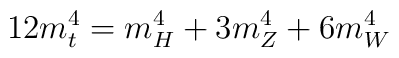
12 m_{t}^{4} = m_{H}^{4} + 3 m_{Z}^{4} + 6 m_{W}^{4}